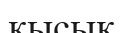
қысық